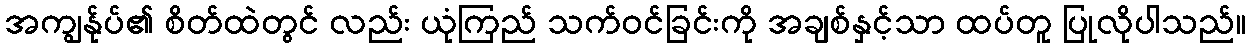
အကျွန်ုပ်၏ စိတ်ထဲတွင် လည်း ယုံကြည် သက်ဝင်ခြင်းကို အချစ်နှင့်သာ ထပ်တူ ပြုလိုပါသည်။